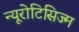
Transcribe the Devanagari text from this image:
न्यूरोटिसिज्म